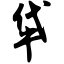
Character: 牮